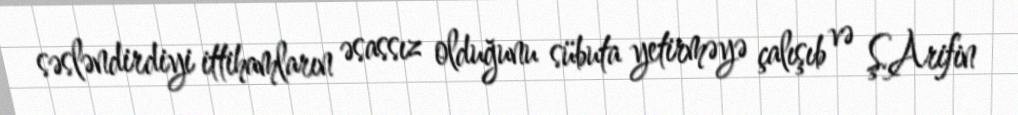
səsləndirdiyi ittihamların əsassız olduğunu sübuta yetirməyə çalışıb və Ş.Arifin